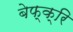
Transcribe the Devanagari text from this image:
बेफ्क्रि